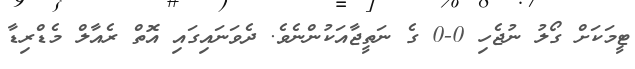
ޓީމަކަށް ގޯލު ނުޖެހި 0-0 ގެ ނަތީޖާއަކުންނެވެ. ދެވަނައިގައި އޮތް ރެއާލް މެޑްރިޑާ